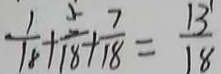
\frac { 1 } { 1 8 } + \frac { 5 } { 1 8 } + \frac { 7 } { 1 8 } = \frac { 1 3 } { 1 8 }